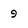
Character: 9